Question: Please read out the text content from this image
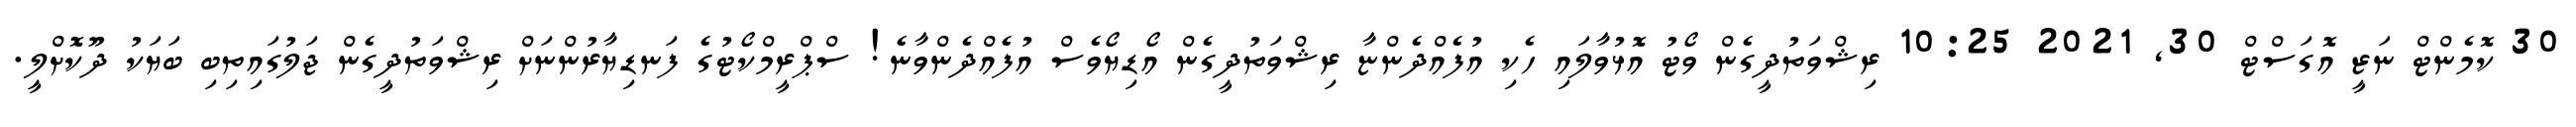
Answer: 30 ކޮމެންޓް ނަޒީ އޮގަސްޓް 30, 2021 10:25 ރިޝްވަތުދީގެން ވޯޓު އޮޅުވާލައި ހެކި އުފެއްދެންޏާ ރިޝްވަތުދީގެން އޯޑިޔޯވެސް އުފެއްދެންވާނެ! ސްޕްރީމްކޯޓުގެ ފަނޑިޔާރުންނަށް ރިޝްވަތުދީގެން ޖަލުގައިތިބި ބަޔަކު ދޫކޮށްލީ.